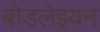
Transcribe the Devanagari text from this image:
बोडलेइयन